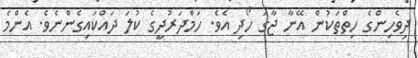
ދިވެހިންގެ ހިތްތަކުން އޭނާ ޖާގަ ހޯދި އެވެ. ހަމްދަރުދީގެ ކުލަ ދައްކައިގެންނެވެ. އެންމެ